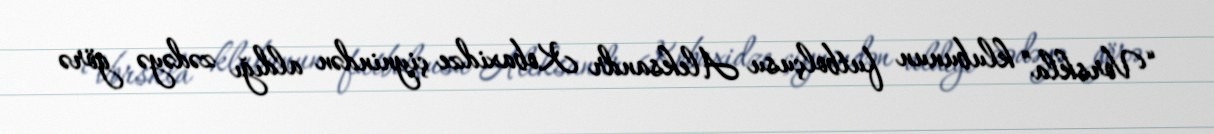
“Vorskla” klubunun futbolçusu Aleksandr Kobaxidze çiynindən aldığı zədəyə görə